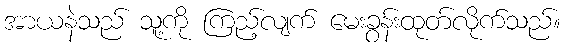
အာယနဲသည် သူ့ကို ကြည့်လျက် မေးခွန်းထုတ်လိုက်သည်။